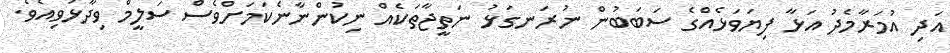
އަދި އުމަރާމެދު އަޅާ ފިޔަވަޅެއްގެ ސަބަބުން ނުރަނގަޅު ނަތީޖާތަކެއް ނިކުންނާނެކަމަށްވެސް ސަލީމް ވިދާޅުވިއެވެ.